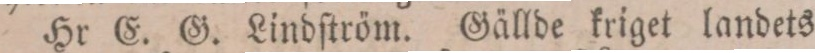
Hr E. G. Lindſtröm. Gällde kriget landets